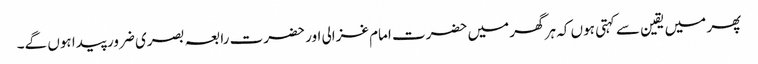
پھر میں یقین سے کہتی ہوں کہ ہر گھر میں حضرت امام غزالی اور حضرت رابعہ بصری ضرور پیدا ہوں گے۔